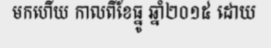
មកហើយ កាលពីខែធ្នូ ឆ្នាំ២០១៥ ដោយ